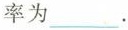
率为___.